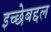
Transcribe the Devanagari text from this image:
इच्छेबद्दल